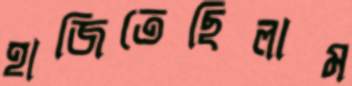
হাজিতেছিলাম